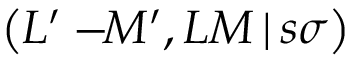
\left( L ^ { \prime } - \! \! M ^ { \prime } , L M \, | \, s \sigma \right)